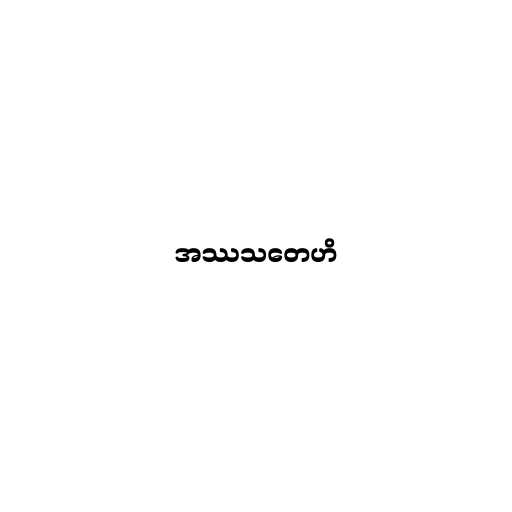
အဿသတေဟိ